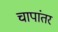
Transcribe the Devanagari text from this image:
चापांतर